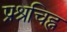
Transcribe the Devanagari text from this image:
प्रश्रचिह्न